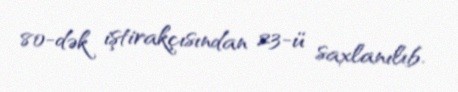
80-dək iştirakçısından 23-ü saxlanılıb.